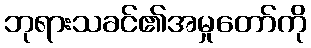
ဘုရားသခင်၏အမှုတော်ကို